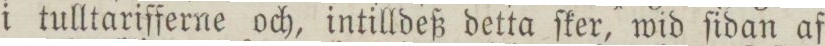
i tulltarifferne och, intilldeß detta ſker, wid ſidan af